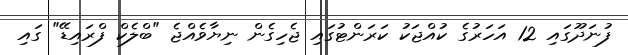
ފުނަދޫގައި 12 އަހަރުގެ ކުއްޖަކު ކަރަންޓުގައި ޖެހިގެން ނިޔާވެއްޖެ "ބްލެކް ފްރައިޑޭ" ގައި